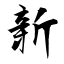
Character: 新